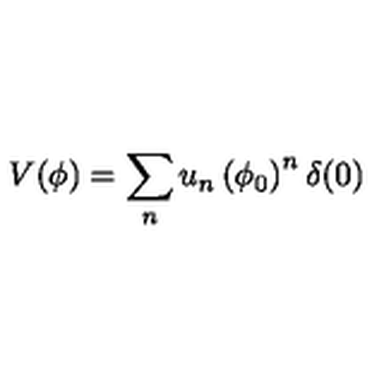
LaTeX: V ( \phi ) = \sum _ { n } u _ { n } \left( \phi _ { 0 } \right) ^ { n } \delta ( 0 )